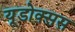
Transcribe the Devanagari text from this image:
यूडोक्सस